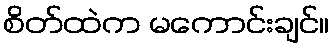
စိတ်ထဲက မကောင်းချင်။